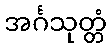
အင်္ဂသုတ္တံ